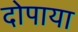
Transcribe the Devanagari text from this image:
दोपाया